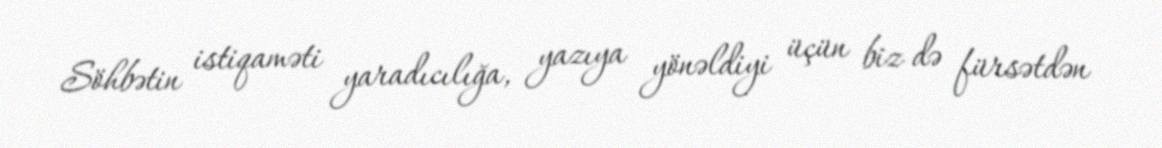
Söhbətin istiqaməti yaradıcılığa, yazıya yönəldiyi üçün biz də fürsətdən